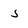
Character: 5